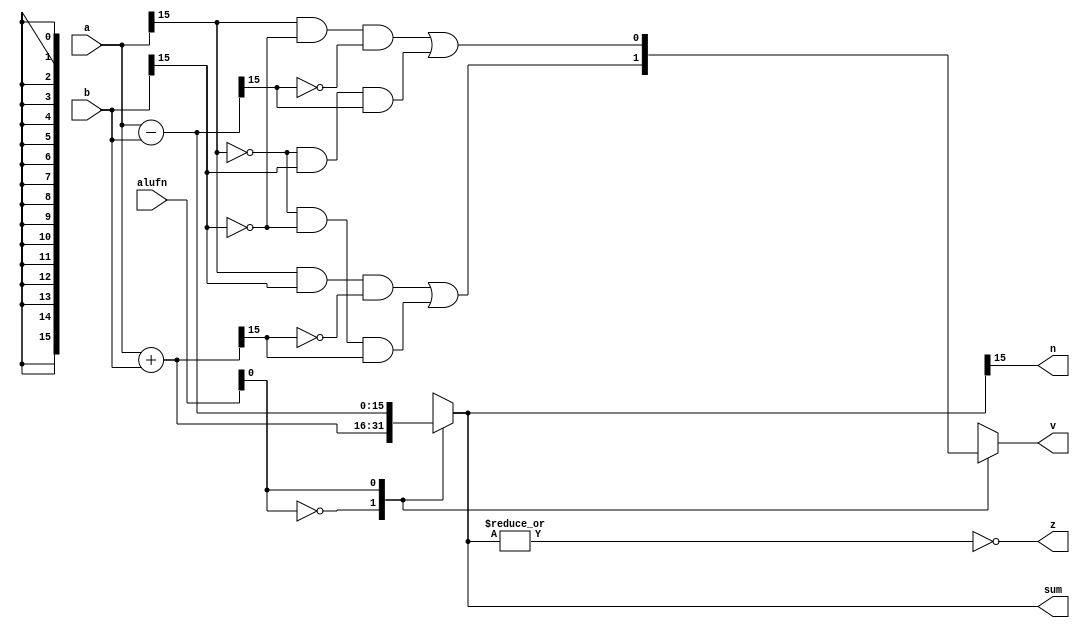
module adder_6 (
    input [5:0] alufn,
    input [15:0] a,
    input [15:0] b,
    output reg [15:0] sum,
    output reg v,
    output reg z,
    output reg n
  );
  
  
  
  reg [15:0] sum_;
  
  always @* begin
    
    case (alufn[0+0-:1])
      1'h0: begin
        sum_ = a + b;
        v = (((a[15+0-:1]) & (b[15+0-:1]) & (~sum_[15+0-:1])) | ((~a[15+0-:1]) & (~b[15+0-:1]) & (sum_[15+0-:1])));
      end
      1'h1: begin
        sum_ = a - b;
        v = (((a[15+0-:1]) & (~b[15+0-:1]) & (~sum_[15+0-:1])) | ((~a[15+0-:1]) & (b[15+0-:1]) & (sum_[15+0-:1])));
      end
      default: begin
        sum_ = a + b;
        v = (((a[15+0-:1]) & (b[15+0-:1]) & (~sum_[15+0-:1])) | ((~a[15+0-:1]) & (~b[15+0-:1]) & (sum_[15+0-:1])));
      end
    endcase
    sum = sum_[0+15-:16];
    z = (~|sum_);
    n = sum_[15+0-:1];
  end
endmodule